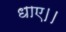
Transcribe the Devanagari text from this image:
धाए।।